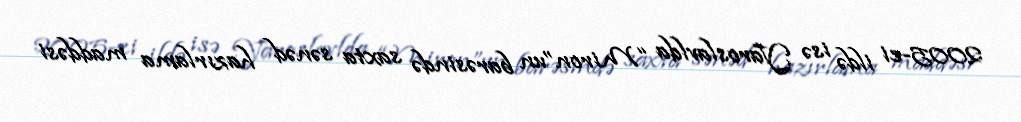
2005-ci ildə isə Yaroslavlda “Miron”un barəsində saxta sənəd hazırlama maddəsi